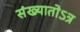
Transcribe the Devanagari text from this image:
संख्यातोऽत्र